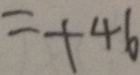
= + 4 6